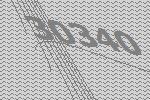
30340